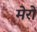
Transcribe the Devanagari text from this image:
मेरों